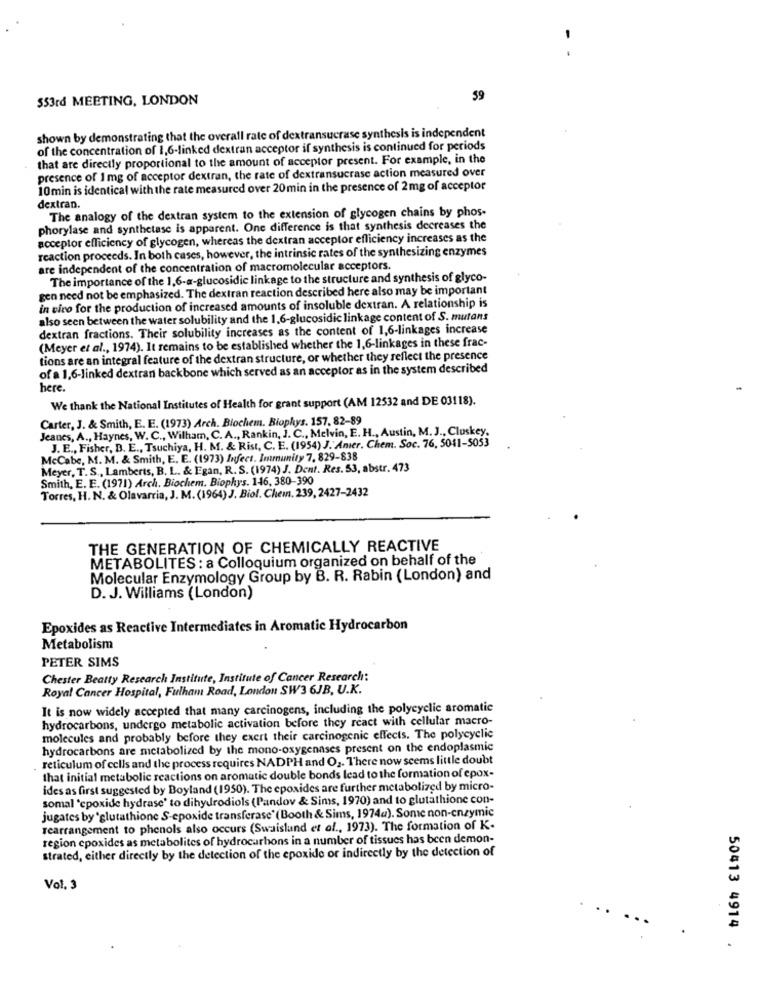
$53rd MEETING, LONDON
$9
shown by demonstrating that the overall rate of dextransucrase synthesis is independent
of the concentration of 1,6-linked dextran acceptor if synthesis is continued for periods
that are directly proportional to the amount of acceptor present. For example, in the
presence of 1 mg of acceptor dextran, the rate of dextransucrase action measured over
10min is identical with the rate measured over 20 min in the presence of 2mg of acceptor
dextran.
The analogy of the dextran system to the extension of glycogen chains by phos-
phorylase and synthetase is apparent. One difference is that synthesis decreases the
acceptor efficiency of glycogen, whereas the dextran acceptor efficiency increases as the
reaction proceeds. In both cases, however, the intrinsic rates of the synthesizing enzymes
are independent of the concentration of macromolecular acceptors.
The importance of the 1,6-a-glucosidie linkage to the structure and synthesis of glyco-
gen need not be emphasized. The dextran reaction described here also may be important
in vivo for the production of increased amounts of insoluble dextran. A relationship is
also seen between the water solubility and the 1.6-glucosidic linkage content of S. mutans
dextran fractions. Their solubility increases as the content of 1,6-linkages increase
(Meyer et al ., 1974). It remains to be established whether the 1,6-linkages in these frac-
tions are an integral feature of the dextran structure, or whether they reflect the presence
of a 1,6-linked dextran backbone which served as an acceptor as in the system described
here.
We thank the National Institutes of Health for grant support (AM 12532 and DE 03118).
Carter, J. & Smith, E. E. (1973) Arch. Biochem. Biophys. 157, 82-89
Jeanes, A ., Haynes, W. C ., Wilham, C. A ., Rankin, J. C ., Melvin, E. H ., Austin, M. J ., Cluskey.
J. E ., Fisher, B. E ., Tsuchiya, H. M. & Rist, C. E. (1954) J. Anier. Chem. Soc. 76, 5041-5053
McCabe, M. M. & Smith, E. E. (1973) Infect. Immunity 7, 829-838
Meyer, T. S ., Lamberts, B. L. & Egan, R. S. (1974) J. Dent. Res. 53, abstr. 473
Smith, E. E. (1971) Arch. Biochem. Biophys. 146, 380-390
Torres, H. N. & Olavarria, J. M. (1964) J. Biol. Chem. 239, 2427-2432
THE GENERATION OF CHEMICALLY REACTIVE
METABOLITES : a Colloquium organized on behalf of the
Molecular Enzymology Group by B. R. Rabin (London) and
D. J. Williams (London)
Epoxides as Reactive Intermediates in Aromatic Hydrocarbon
Metabolism
PETER SIMS
Chester Beatty Research Institute, Institute of Cancer Research:
Royal Cancer Hospital, Fulham Road, London SW3 6JB, U.K.
It is now widely accepted that many carcinogens, including the polycyclic aromatic
hydrocarbons, undergo metabolic activation before they react with cellular macro-
molecules and probably before they exert their carcinogenic effects. The polycyclic
hydrocarbons are metabolized by the mono-oxygenases present on the endoplasmic
reticulum of cells and the process requires NADPH and O ,. There now seems little doubt
that initial metabolic reactions on aromatic double bonds lead to the formation of epox-
ides as first suggested by Boyland (1950). The epoxides are further metabolized by micro-
somal 'epoxide hydrase' to dihydrodiols (Pandov & Sims, 1970) and to glutathione con-
jugates by "glutathione S-epoxide transferase'(Booth & Sims, 1974a). Some non-enzymic
rearrangement to phenols also occurs (Swaisland et al ., 1973). The formation of K.
region epoxides as metabolites of hydrocarbons in a number of tissues has been demon-
strated, either directly by the detection of the epoxide or indirectly by the detection of
Vol. 3
50413 4914 .